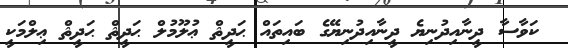
ކަވާސާ ދީނާއިދުނިޔެ ދީނާއިދުނިޔޭގެ ބައިތައް ޙަދީޘް ޢުލޫމުލް ޙަދީޘް ޙަދީޘް ޢިލްމަކީ